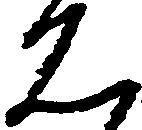
は